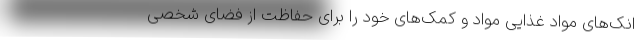
انک‌های مواد غذایی مواد و کمک‌های خود را برای حفاظت از فضای شخصی